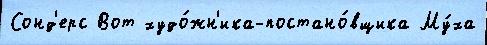
Сонд'ерс Вот худо́жн'ика-постано́вщика Му́ха